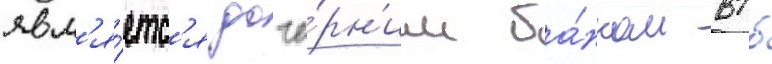
явл'я́етс'я доче́рн'им ба́нком втб